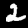
Digit: 2